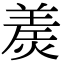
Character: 㷢